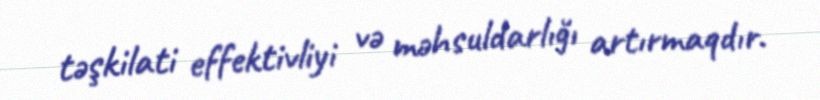
təşkilati effektivliyi və məhsuldarlığı artırmaqdır.